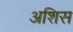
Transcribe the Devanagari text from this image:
अशिस